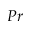
P r